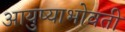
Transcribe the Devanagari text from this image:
आयुष्याभोवती